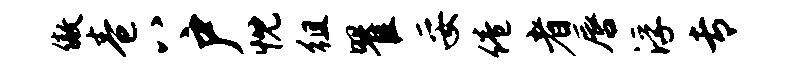
傲卷八户忱徂瞿妥倦者唇浮专